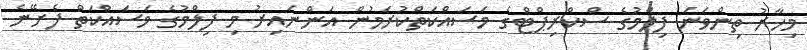
މިހާރު ތިންވަނަ ފިލްމުގެ ސްކްރިޕްޓްގެ މަސައްކަތްކުރަމުން އަންނައިރު މި ފިލްމުގެ މަސައްކަތް ފެށޭނެ